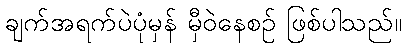
ချက်အရက်ပဲပုံမှန် မှီဝဲနေစဉ် ဖြစ်ပါသည်။